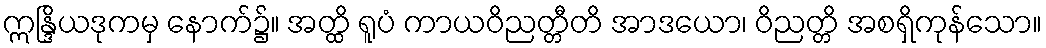
ဣန္ဒြိယဒုကမှ နောက်၌။ အတ္ထိ ရူပံ ကာယဝိညတ္တီတိ အာဒယော၊ ဝိညတ္တိ အစရှိကုန်သော။